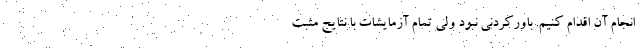
انجام آن اقدام کنیم. باورکردنی نبود ولی تمام آزمایشات با نتایج مثبت